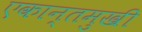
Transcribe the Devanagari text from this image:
एकान्तमुखी